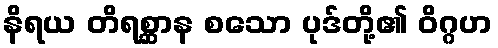
နိရယ တိရစ္ဆာန စသော ပုဒ်တို့၏ ဝိဂ္ဂဟ